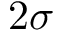
2 \sigma